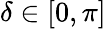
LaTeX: \delta\in[0,\pi]